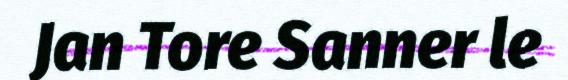
Jan Tore Sanner le